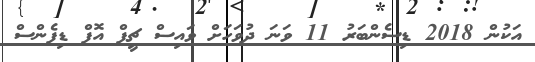
އަކުން 2018 ޑިސެންބަރު 11 ވަނަ ދުވަހަށް ވައިސް ޗީފް އޮފް ޑިފެންސް